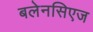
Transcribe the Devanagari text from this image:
बलेनसिएज